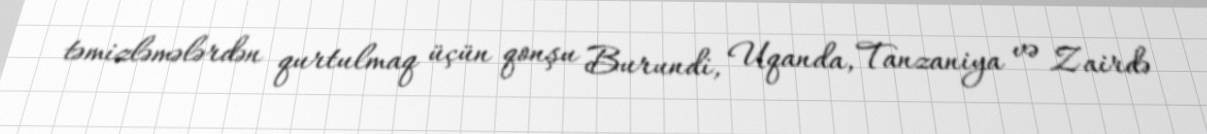
təmizləmələrdən qurtulmaq üçün qonşu Burundi, Uqanda, Tanzaniya və Zairdə